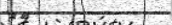
٩٣